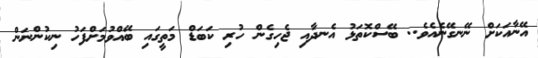
އޭނާއަކަށް ނޭނގޭނެއެވެ.. ބޭސްކޮތަޅު އެނދާއި ޖެހިގެން ހުރި ކަބަޑް މަތީގައި ބޭއްވުމަށްފަހު ނިކުންނަން